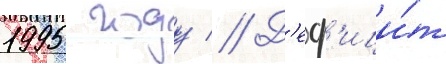
1995 году // Д'еф'ици́т